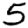
Digit: 5